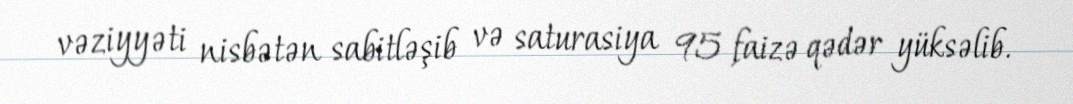
vəziyyəti nisbətən sabitləşib və saturasiya 95 faizə qədər yüksəlib.